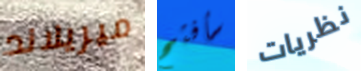
ميريلاند سأفتح نظريات